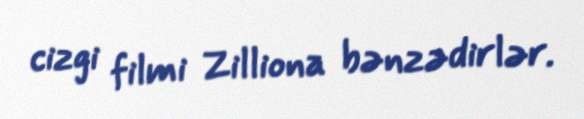
cizgi filmi Zilliona bənzədirlər.